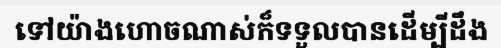
ទៅយ៉ាងហោចណាស់ក៏ទទួលបានដើម្បីដឹង